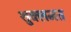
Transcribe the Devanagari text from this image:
शुक्लमत